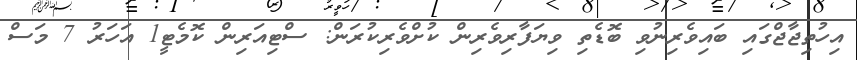
އިހުތިޖާޖްގައި ބައިވެރިނުވި ބޮޑެތި ވިޔަފާރިވެރިން ކުށްވެރިކުރަން: ސްޓިއަރިން ކޮމެޓީ1 އަހަރު 7 މަސް